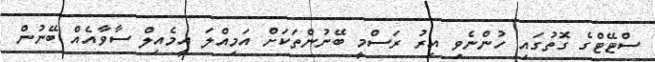
ސްޓޭޓްގެ ގޮތުގައި ހުންނެވި އިރު ރަސްމީ ބޭނުންތަަކަށް އަމިއްލަ އީމެއިލް ސާވާއެއް ބޭނުން